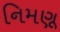
નિમણૂ